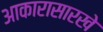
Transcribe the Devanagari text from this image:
आकारासारखे